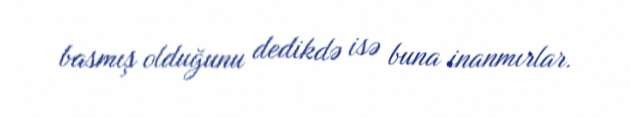
basmış olduğunu dedikdə isə buna inanmırlar.